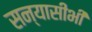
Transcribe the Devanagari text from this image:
सन्यासीभी